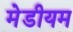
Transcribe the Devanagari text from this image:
मेडीयम